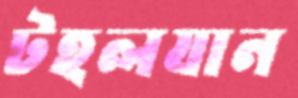
টহলযান